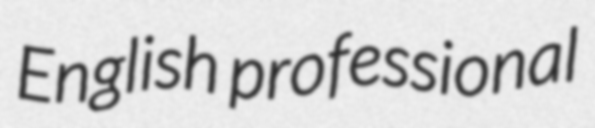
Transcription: English professional